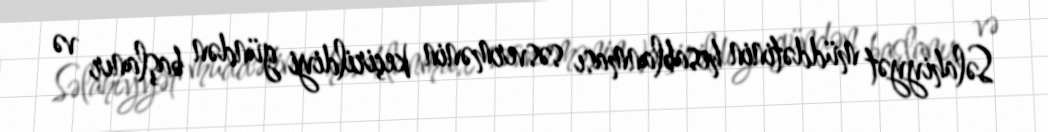
Səlahiyyət müddətinin hesablanması səsvermənin keçirildiyi gündən başlanır və